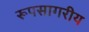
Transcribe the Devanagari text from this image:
रूपसागरीय